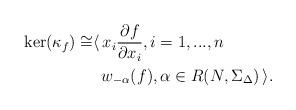
LaTeX: \begin{align*}\ker(\kappa_f) \cong & \langle \, x_i \frac{\partial f}{\partial x_i}, i=1,...,n \\& \, \, \, w_{-\alpha}(f), \alpha \in R(N,\Sigma_{\Delta}) \, \rangle.\end{align*}